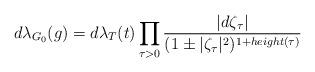
LaTeX: \begin{align*}d\lambda_{G_0}(g)=d\lambda_T(t)\prod_{\tau>0}\frac{|d\zeta_\tau|}{(1\pm|\zeta_\tau|^2)^{1+height(\tau)}}\end{align*}